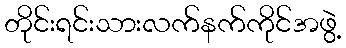
တိုင်းရင်းသားလက်နက်ကိုင်အဖွဲ့